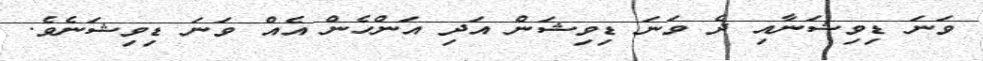
ވަނަ ޑިވިޝަނާއި ދެ ވަނަ ޑިވިޝަން އަދި އަންހެން އެއް ވަނަ ޑިވިޝަނެވެ.